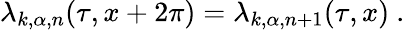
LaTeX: \lambda_{k,\alpha,n}(\tau,x+2\pi)=\lambda_{k,\alpha,n+1}(\tau,x)~.